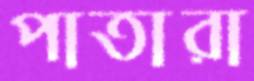
পাতারা